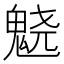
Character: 𱆙